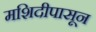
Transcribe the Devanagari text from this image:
मशिदीपासून